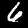
Digit: 6